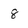
Character: 8